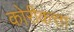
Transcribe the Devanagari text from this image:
कोरीकत्ता